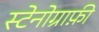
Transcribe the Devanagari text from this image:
स्टेनोग्राफ़ी